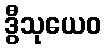
ဒွီသုယေဝ